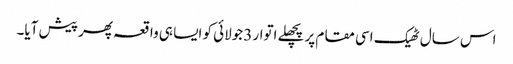
اس سال ٹھیک اسی مقام پر پچھلے اتوار 3جولائی کو ایسا ہی واقعہ پھر پیش آیا۔